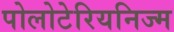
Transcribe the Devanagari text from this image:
पोलोटेरियनिज्म